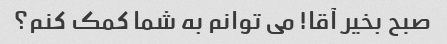
صبح بخیر آقا! می توانم به شما کمک کنم؟